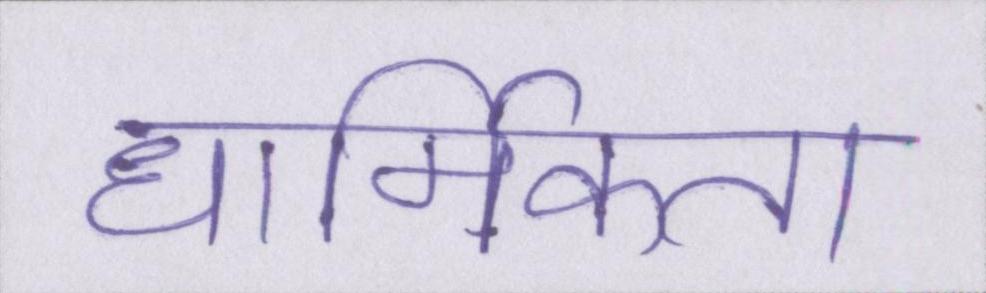
धार्मिकता